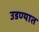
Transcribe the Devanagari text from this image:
उडण्यात